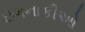
ઇગનાકીઓ